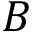
B